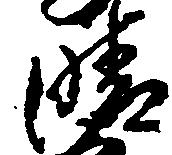
晴